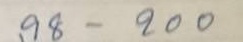
98 - 200